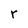
Character: r